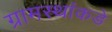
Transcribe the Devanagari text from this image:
ग्रामस्थांकडे